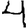
Digit: 4